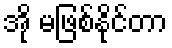
အို မဖြစ်နိုင်တာ